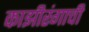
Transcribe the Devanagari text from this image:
काझीरंगाची